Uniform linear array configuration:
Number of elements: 16
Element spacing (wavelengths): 0.5
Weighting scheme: hann
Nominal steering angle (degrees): -15
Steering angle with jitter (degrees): -16.045
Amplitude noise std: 0.05
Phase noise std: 0.05

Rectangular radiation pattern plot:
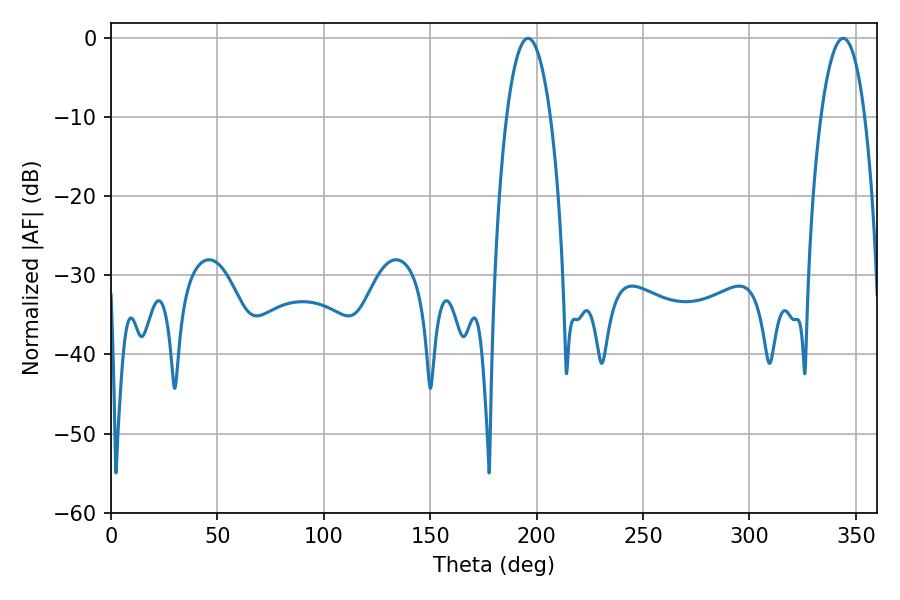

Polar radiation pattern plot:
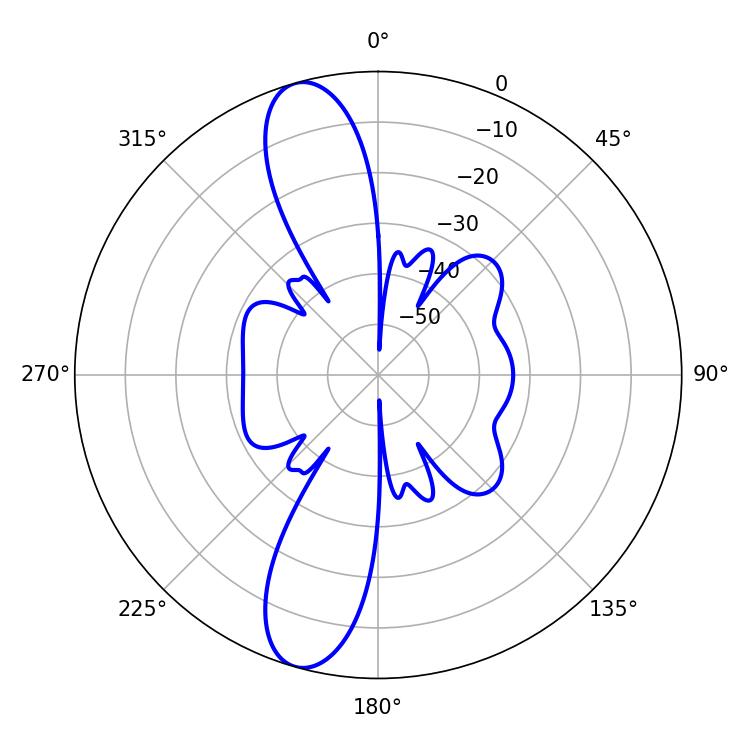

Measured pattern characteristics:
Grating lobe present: FALSE
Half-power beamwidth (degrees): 11.52
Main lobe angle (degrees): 196.02